Lunatic asylums Central Provinces reports 1886-1894 - 1886-1894
Year: 1886
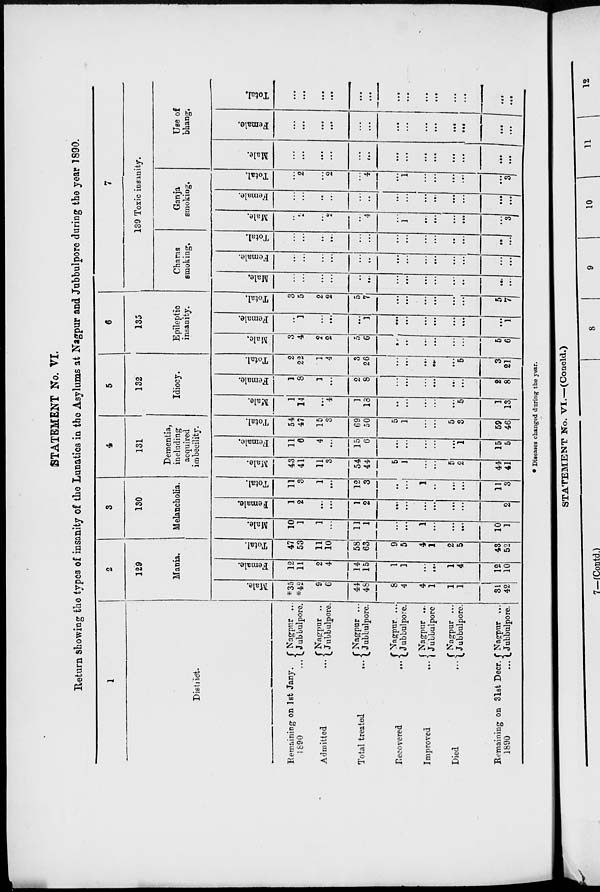
STATEMENT No. VI.
Return showing the types of insanity of the Lunatics in the Asylums at Nagpur and Jubbulpore during the year 1890.
1
District.
Remaining on 1st Jany.
1890 ...
Admitted ...
Total treated
...
Recovered
...
Improved ...
Died ...
Remaining on 31st Decr.
1890 ...
Nagpur ...
Jubbulpore.
Nagpur ..
Jubbulpore.
Nagpur ...
Jubbulpore.
Nagpur ...
Jubbulpore.
Nagpur ...
Jubbulpore
Nagpur ...
Jubbulpore.
Nagpur ...
Jubbulpore.
2
129
Mania.
Male.
*35
*42
9
6
44
48
8
4
4
1
1
1
31
42
Female.
12
11
2
4
14
15
1
1
...
...
1
4
12
10
Total.
47
53
11
10
58
63
9
5
4
1
2
5
43
52
3
130
Melancholia.
Male.
10
1
1
...
11
1
...
...
1
...
...
...
10
1
Female.
1
2
...
...
1
2
...
...
...
...
...
...
1
2
Total.
11
3
1
...
12
3
...
...
1
...
...
...
11
3
4
131
Dementia,
including
acquired
imbecility.
Male.
43
41
11
3
54
44
5
1
...
...
5
2
44
41
Female.
11
6
4
...
15
6
...
...
...
...
...
1
15
5
Total.
54
47
15
3
69
50
5
1
...
...
5
3
59
46
5
132
Idiocy.
Male.
1
14
...
4
1
13
...
...
...
...
...
5
1
13
Female.
1
8
1
...
2
8
...
...
...
...
...
...
2
8
Total.
2
22
1
4
3
26
...
...
...
...
...
5
3
21
6
135
Epileptic
insanity.
Male.
3
4
2
2
5
6
...
...
...
...
...
...
5
6
Female.
...
1
...
...
...
1
...
...
...
...
...
...
...
1
Total.
3
5
2
2
5
7
...
...
...
...
...
...
5
7
7
139 Toxic insanity.
Charas
smoking.
Male.
...
...
...
...
...
...
...
...
...
...
...
..
...
...
Female.
...
...
...
...
...
...
...
...
...
...
...
...
...
...
Total.
...
...
...
...
...
...
...
...
...
...
...
...
...
...
Ganja
smokiag.
Male.
...
2
...
2
...
4
...
1
...
...
...
...
...
3
Female.
...
...
...
...
...
...
...
...
...
...
...
...
...
...
Total.
...
2
...
2
...
4
...
1
...
...
...
...
...
3
Use of
bhang.
Male.
...
...
...
...
...
...
...
...
...
...
...
...
...
...
Female.
...
...
...
...
...
...
...
...
...
...
...
...
...
...
Total.
...
...
...
...
...
...
...
...
...
...
...
...
...
...
* Diseases changed during the year.